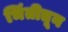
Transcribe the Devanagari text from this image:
भिंतीतून